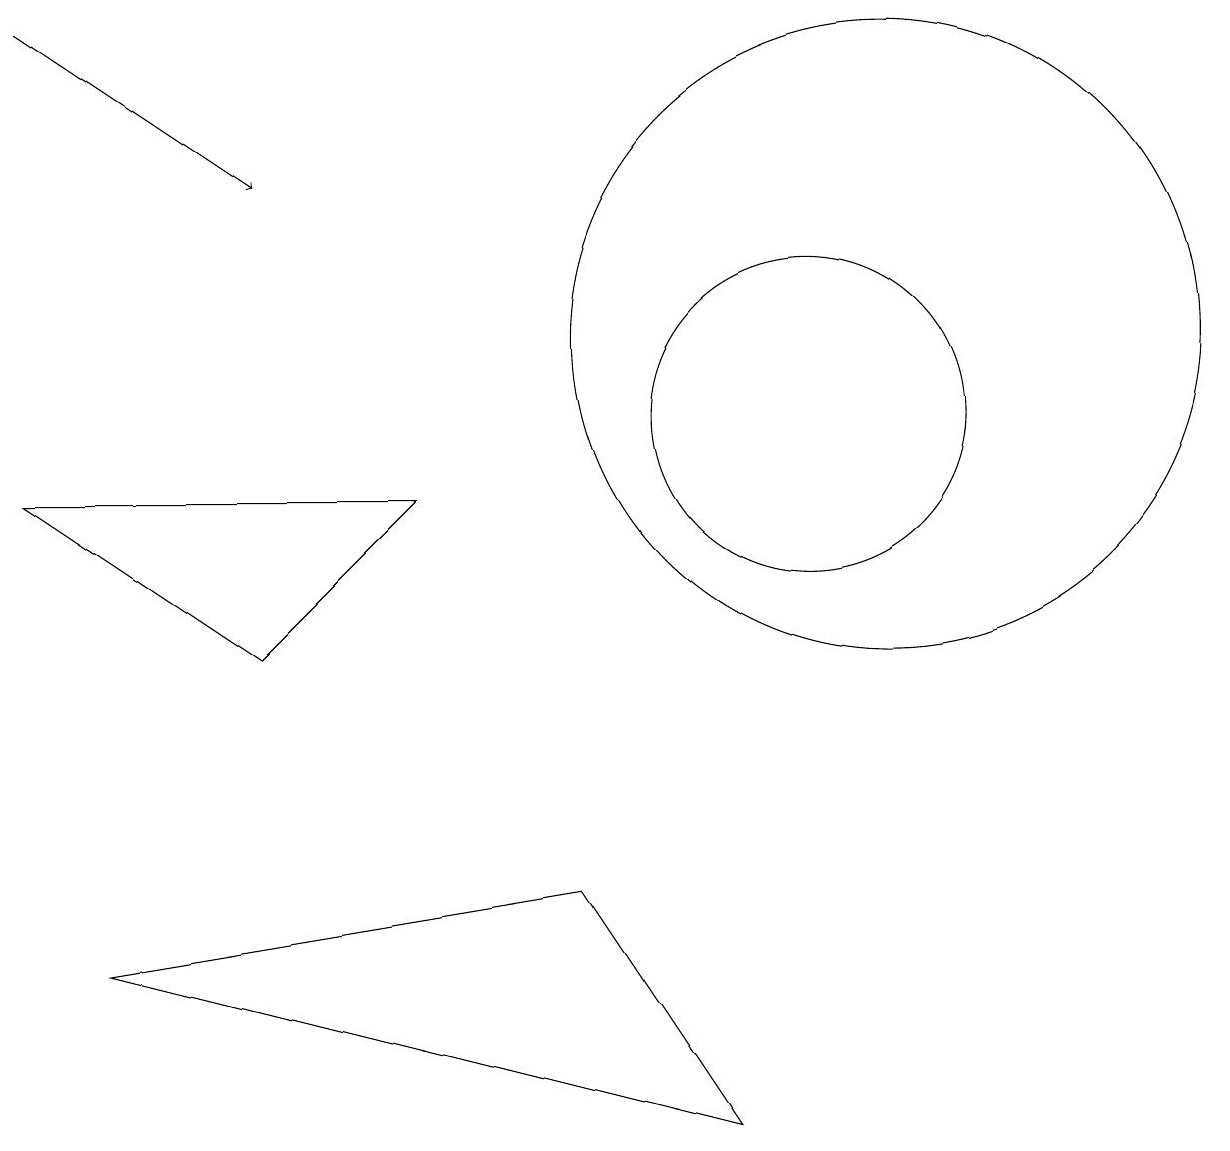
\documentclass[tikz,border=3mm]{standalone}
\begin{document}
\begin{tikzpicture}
\draw (7,4) -- (9,1) -- (1,3) -- cycle;
\draw[->] (0,15) -- (3,13);
\draw (11,11) circle (4);
\draw (10,11) circle (0);
\draw (3,7) -- (5,9) -- (0,9) -- cycle;
\draw (10,10) circle (2);
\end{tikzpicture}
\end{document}